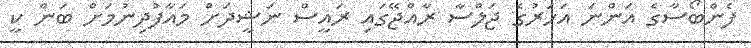
ފެންބޯސާގެ އަންނަ އަހަރުގެ ޖަލްސާ ރާއްޖޭގައި ރައީސް ނަޝީދަށް މައާފުދިނުމަށް ބަން ކީ